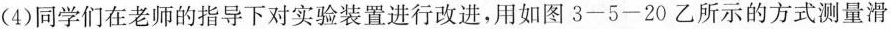
(4)同学们在老师的指导下对实验装置进行改进，用如图3-5-20乙所示的方式测量滑